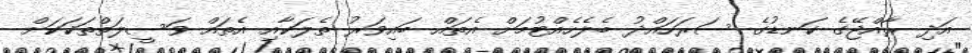
އަދި ރާއްޖޭގެ ކަނޑުގެ ސަރަހައްދު ބެލެެހެއްޓުމަށް އެތައް ބައިވަރު ތެލަކާއި އެތައް ވަސީލަތްތަކަކަށް